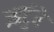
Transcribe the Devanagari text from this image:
आर्टुरे